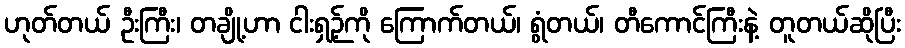
ဟုတ်တယ် ဦးကြီး၊ တချို့ဟာ ငါးရှဉ့်ကို ကြောက်တယ်၊ ရွံတယ်၊ တီကောင်ကြီးနဲ့ တူတယ်ဆိုပြီး